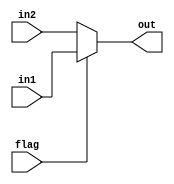
`timescale 1ns / 1ps
//////////////////////////////////////////////////////////////////////////////////
// Company: 
// Engineer: 
// 
// Design Name: 
// Module Name: mux
// Project Name: 
// Target Devices: 
// Tool Versions: 
// Description: 
// 
// Dependencies: 
// 
// Revision:
// Revision 0.01 - File Created
// Additional Comments:
// 
//////////////////////////////////////////////////////////////////////////////////


module mux(in1,in2,flag,out);
    input [0:63]in1,in2;
    input flag;
    output [0:63]out;
    assign out=(flag==1'b1)?in1:in2;
endmodule